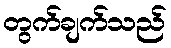
တွက်ချက်သည်